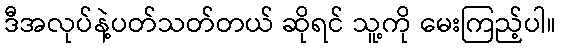
ဒီအလုပ်နဲ့ပတ်သတ်တယ် ဆိုရင် သူ့ကို မေးကြည့်ပါ။